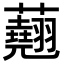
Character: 𧄍